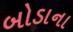
બોડાના